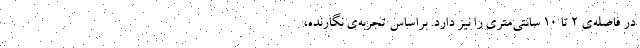
در فاصله‌ی ۲ تا ۱۰ سانتی‌متری را نیز دارد. براساس تجربه‌ی نگارنده،